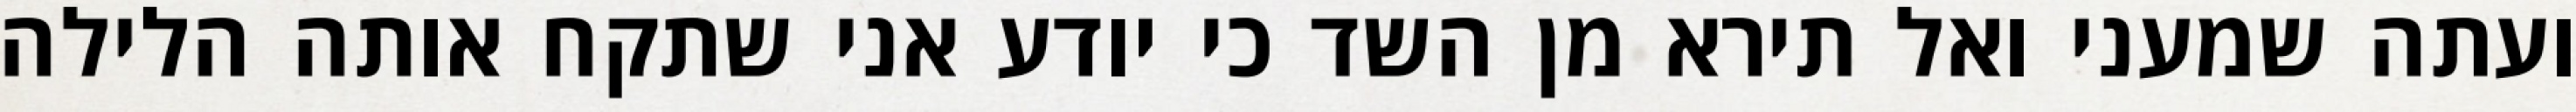
ועתה שמעני ואל תירא מן השד כי יודע אני שתקח אותה הלילה